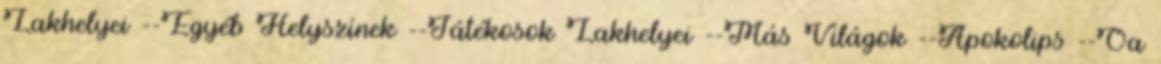
Lakhelyei --Egyéb Helyszínek --Játékosok Lakhelyei --Más Világok --Apokolips --Oa